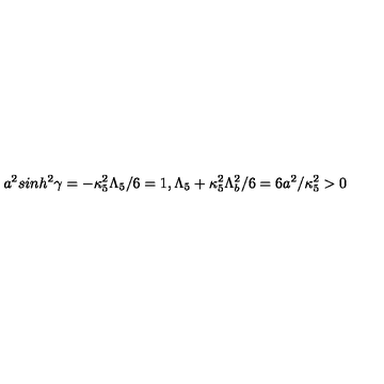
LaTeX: a ^ { 2 } s i n h ^ { 2 } \gamma = - \kappa _ { 5 } ^ { 2 } \Lambda _ { 5 } / 6 = 1 , \Lambda _ { 5 } + \kappa _ { 5 } ^ { 2 } \Lambda _ { b } ^ { 2 } / 6 = 6 a ^ { 2 } / \kappa _ { 5 } ^ { 2 } > 0